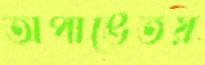
অপাঙেতয়